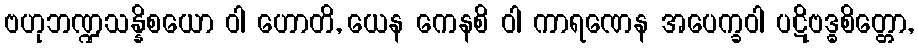
ဗဟုဘဏ္ဍသန္နိစယော ဝါ ဟောတိ, ယေန ကေနစိ ဝါ ကာရဏေန အပေက္ခဝါ ပဋိဗဒ္ဓစိတ္တော,